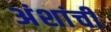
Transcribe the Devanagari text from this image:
अंशांची